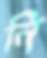
নি